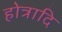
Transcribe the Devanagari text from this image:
होत्रादि